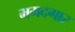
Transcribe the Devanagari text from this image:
ममदगार